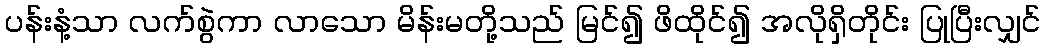
ပန်းနံ့သာ လက်စွဲကာ လာသော မိန်းမတို့သည် မြင်၍ ဖိထိုင်၍ အလိုရှိတိုင်း ပြုပြီးလျှင်